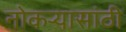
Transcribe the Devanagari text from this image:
नोकऱ्यासांठी